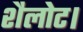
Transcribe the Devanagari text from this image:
शैलोट।